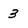
Character: 3